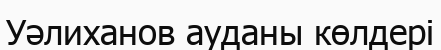
Уәлиханов ауданы көлдері